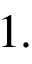
1 .